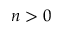
n > 0